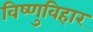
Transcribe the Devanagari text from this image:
विष्णुविहार